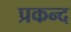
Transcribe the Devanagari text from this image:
प्रकन्द